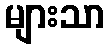
များသာ